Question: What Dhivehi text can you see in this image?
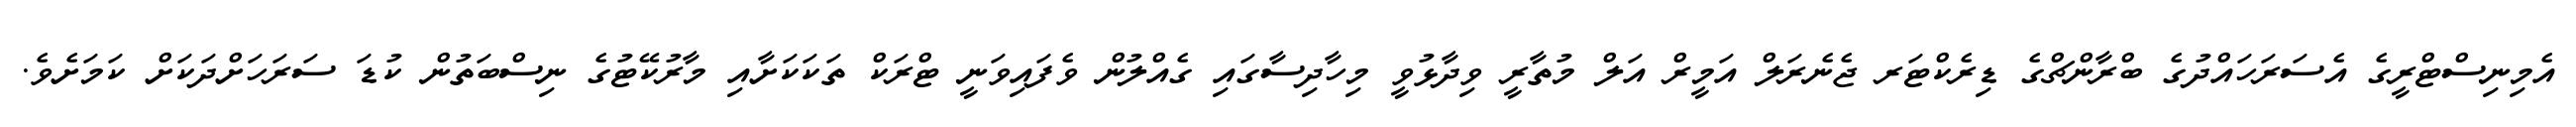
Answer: އެމިނިސްޓްރީގެ އެސަރަހައްދުގެ ބްރާންޗްގެ ޑިރެކްޓަރ ޖެނެރަލް އަމީރް އަލް މުތާރީ ވިދާޅުވީ މިހާދިސާގައި ގެއްލުން ވެފައިވަނީ ޓްރަކް ތަކަކަށާއި މާރުކޭޓުގެ ނިސްބަތުން ކުޑަ ސަރަހަށްދަކަށް ކަމަށެވެ.